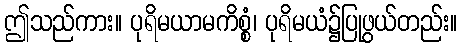
ဤသည်ကား။ ပုရိမယာမကိစ္စံ၊ ပုရိမယံ၌ပြုဖွယ်တည်း။